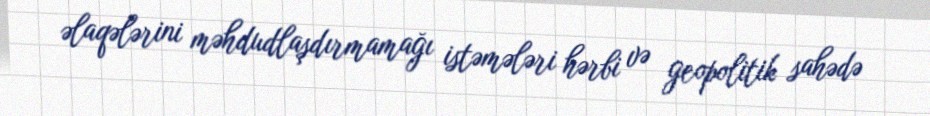
əlaqələrini məhdudlaşdırmamağı istəmələri hərbi və geopolitik sahədə